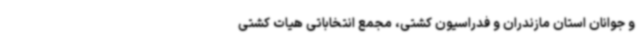
و جوانان استان مازندران و فدراسیون کشتی، مجمع انتخاباتی هیات کشتی